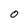
Character: 0